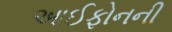
આઈફોનની